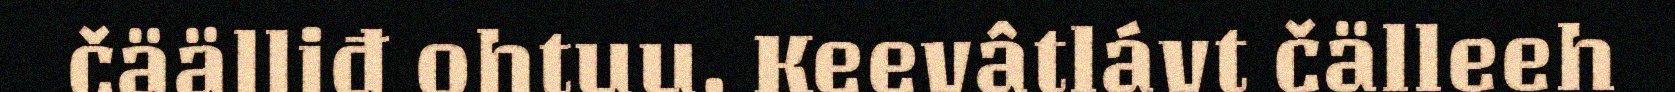
čäälliđ ohtuu. Keevâtlávt čälleeh